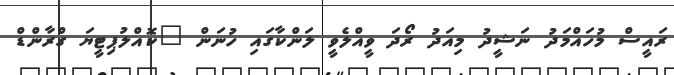
ރައީސް މުހައްމަދު ނަޝީދު މިއަދު ރޯދަ ވީއްލެވީ ލަންކާގައި ހުނަން "ކޮއްލުޕިޓީޔަ ގްރާންޑް